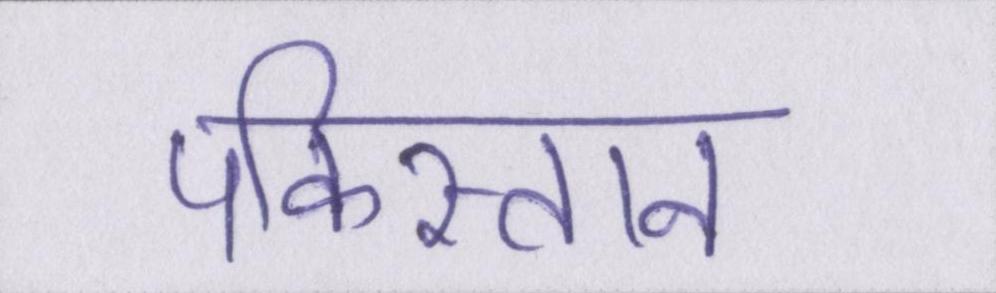
पकिस्तान